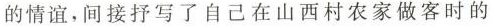
的情谊，间接抒写了自己在山西村农家做客时的